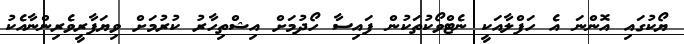
ޔޯކުގައި އޮންނަ އެ ހަފްލާއަކީ ނެޓްވޯކުތަކުން ފައިސާ ހޯދުމަށް އިޝްތިހާރު ކުރުމަށް ވިިޔަފާރީވެރިންނާއެކު